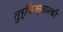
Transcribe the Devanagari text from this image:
तुर्किस्तानकी